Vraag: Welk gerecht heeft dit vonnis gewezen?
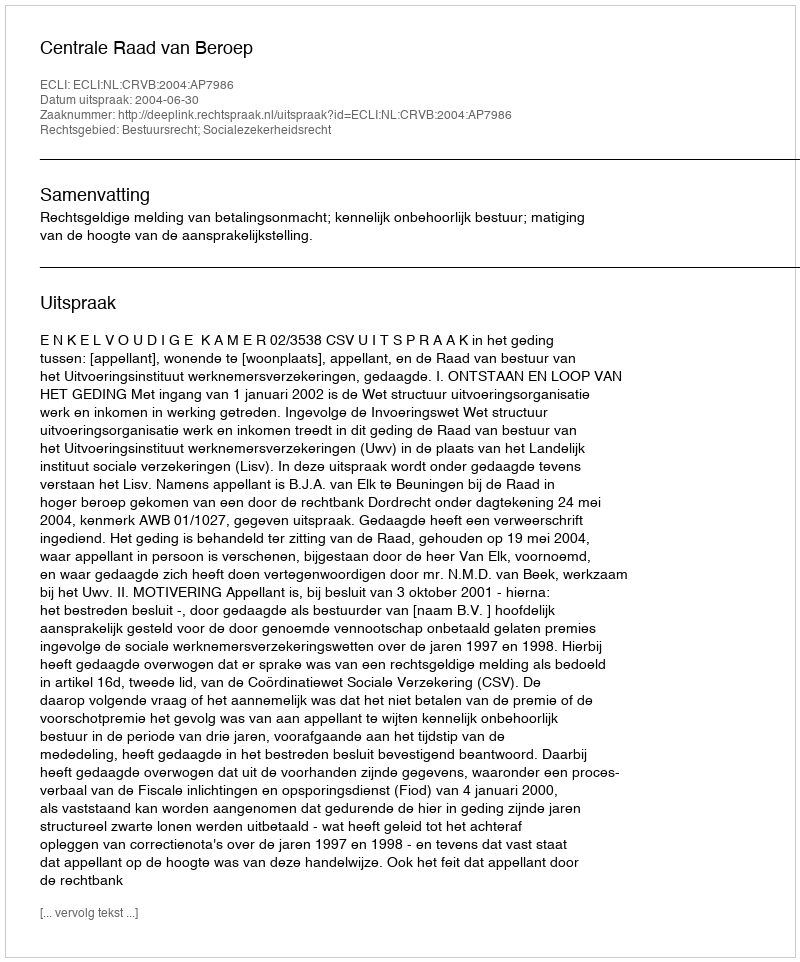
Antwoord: Centrale Raad van Beroep